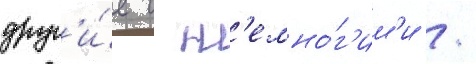
друг'и́е с н'емно́г'им'и /